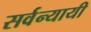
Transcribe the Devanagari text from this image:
सर्वन्यायी